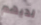
لديهم